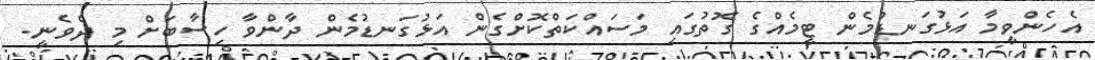
އެހެންވީމާ އަޅުގަނޑުމެން ޓީމެއްގެ ގޮތުގައި މަސައްކަތްކޮށްގެން އަޅުގަނޑުމެން ދާންވާ ހިސާބަށް މި ދެވެނީ.